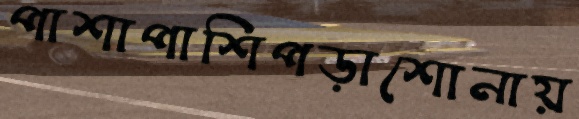
পাশাপাশিপড়াশোনায়